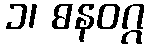
၁၊ ဓနဝဂ္ဂ